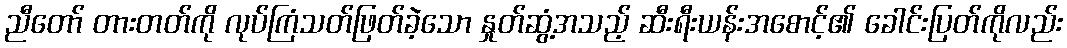
ညီတော် တားတတ်ကို လုပ်ကြံသတ်ဖြတ်ခဲ့သော နှုတ်ဆွံ့အသည့် ဆီးရီးယန်းအစောင့်၏ ခေါင်းပြတ်ကိုလည်း